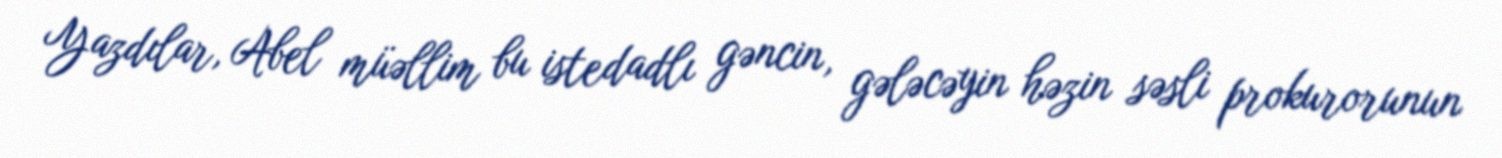
Yazdılar, Abel müəllim bu istedadlı gəncin, gələcəyin həzin səsli prokurorunun